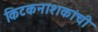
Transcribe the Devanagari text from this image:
किटकनाशकांची